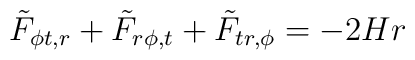
{\tilde F}_{\phi t,r}+{\tilde F}_{r\phi,t}+{\tilde F}_{tr,\phi}=-2Hr